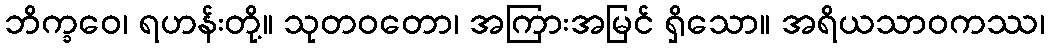
ဘိက္ခဝေ၊ ရဟန်းတို့။ သုတဝတော၊ အကြားအမြင် ရှိသော။ အရိယသာဝကဿ၊